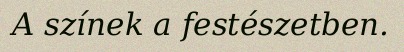
A színek a festészetben.